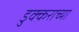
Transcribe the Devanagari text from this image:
डुक्कराच्या